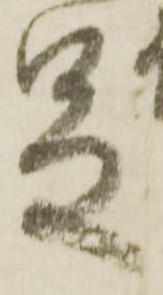
足